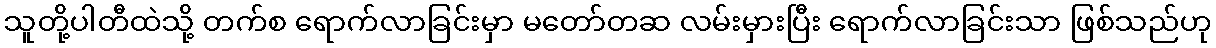
သူတို့ပါတီထဲသို့ တက်စ ရောက်လာခြင်းမှာ မတော်တဆ လမ်းမှားပြီး ရောက်လာခြင်းသာ ဖြစ်သည်ဟု